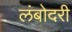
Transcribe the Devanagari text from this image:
लंबोदरी